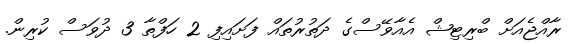
ރާއްޖެއަށް ބްރިޓިޝް އެއާވޭސްގެ ދަތުރުތައް ފަށައިފި 2 ހަފްތާ 3 ދުވަސް ކުރިން.